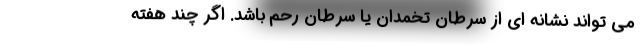
می تواند نشانه ای از سرطان تخمدان یا سرطان رحم باشد. اگر چند هفته